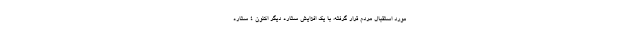
مورد استقبال مردم قرار گرفته، با یک افزایش ستاره دیگر اكنون ۴ ستاره